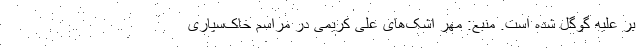
بر علیه گوگل شده است. منبع: مهر اشک‌های علی کریمی در مراسم خاک‌سپاری